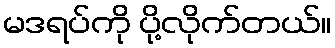
မဒရပ်ကို ပို့လိုက်တယ်။